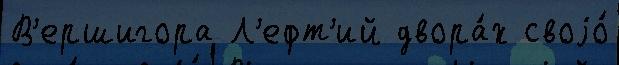
В'ершигора Л'ефт'ий двора́х своjо́